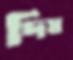
দিঘ